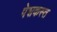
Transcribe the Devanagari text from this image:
पेशकस्त